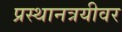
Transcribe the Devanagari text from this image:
प्रस्थानत्रयीवर